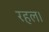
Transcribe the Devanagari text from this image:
रहल।